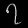
Digit: ၇